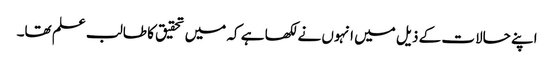
اپنے حالات کے ذیل میں انہوں نے لکھا ہے کہ میں تحقیق کا طالب علم تھا۔